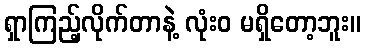
ရှာကြည့်လိုက်တာနဲ့ လုံးဝ မရှိတော့ဘူး။